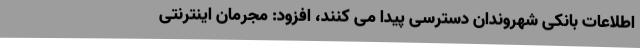
اطلاعات بانکی شهروندان دسترسی پیدا می کنند، افزود: مجرمان اینترنتی